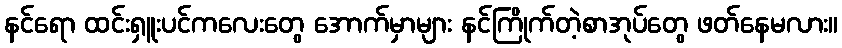
နင်ရော ထင်းရှူးပင်ကလေးတွေ အောက်မှာများ နင်ကြိုက်တဲ့စာအုပ်တွေ ဖတ်နေမလား။